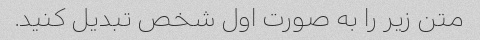
متن زیر را به صورت اول شخص تبدیل کنید.